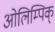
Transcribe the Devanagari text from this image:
ओलिम्पिक्